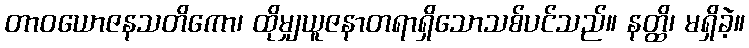
တာဝယောဇနသတိကော၊ ထိုမျှယူဇနာတရာရှိသောသစ်ပင်သည်။ နတ္ထိ၊ မရှိခဲ့။